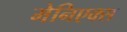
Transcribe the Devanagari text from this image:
मेनिएक्स